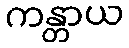
ကန္တာယ